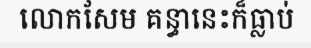
លោកសែម គន្ធានេះក៏ធ្លាប់